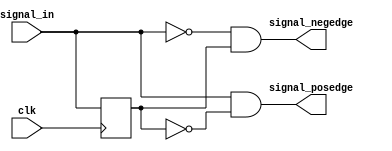
`timescale 1ns / 1ps
//////////////////////////////////////////////////////////////////////////////////
// Company: 
// Engineer: 
// 
// Design Name: 
// Module Name: low_frequency_edge_detect
// Project Name: 
// Target Devices: 
// Tool Versions: 
// Description: 
// 
// Dependencies: 
// 
// Revision:
// Revision 0.01 - File Created
// Additional Comments:
// 
//////////////////////////////////////////////////////////////////////////////////


module low_frequency_edge_detect(
 input  clk,
input  signal_in,
output signal_posedge,
output signal_negedge
);
reg  signal_in_r;
always@(posedge clk) 

signal_in_r<=signal_in;
assign  signal_posedge= (signal_in)&&(!signal_in_r);
assign  signal_negedge= (!signal_in)&&(signal_in_r); 
endmodule